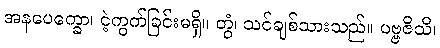
အနပေက္ခော၊ ငဲ့ကွက်ခြင်းမရှိ။ တွံ၊ သင်ချစ်သားသည်။ ပဗ္ဗဇိသိ၊